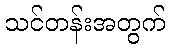
သင်တန်းအတွက်